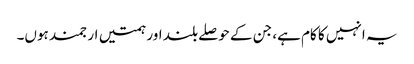
یہ انہیں کا کام ہے، جن کے حوصلے بلند اور ہمتیں ارجمند ہوں۔